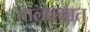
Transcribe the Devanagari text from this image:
तालक्यात